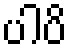
ပါပိ